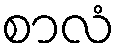
စာလံ